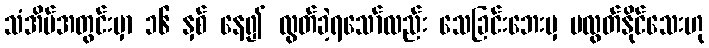
သံအိမ်အတွင်းမှာ ၁၆ နှစ် နေ၍ လွတ်ခဲ့ရသော်လည်း သေခြင်းဘေးမှ မလွတ်နိုင်သေးဟု